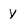
Character: y